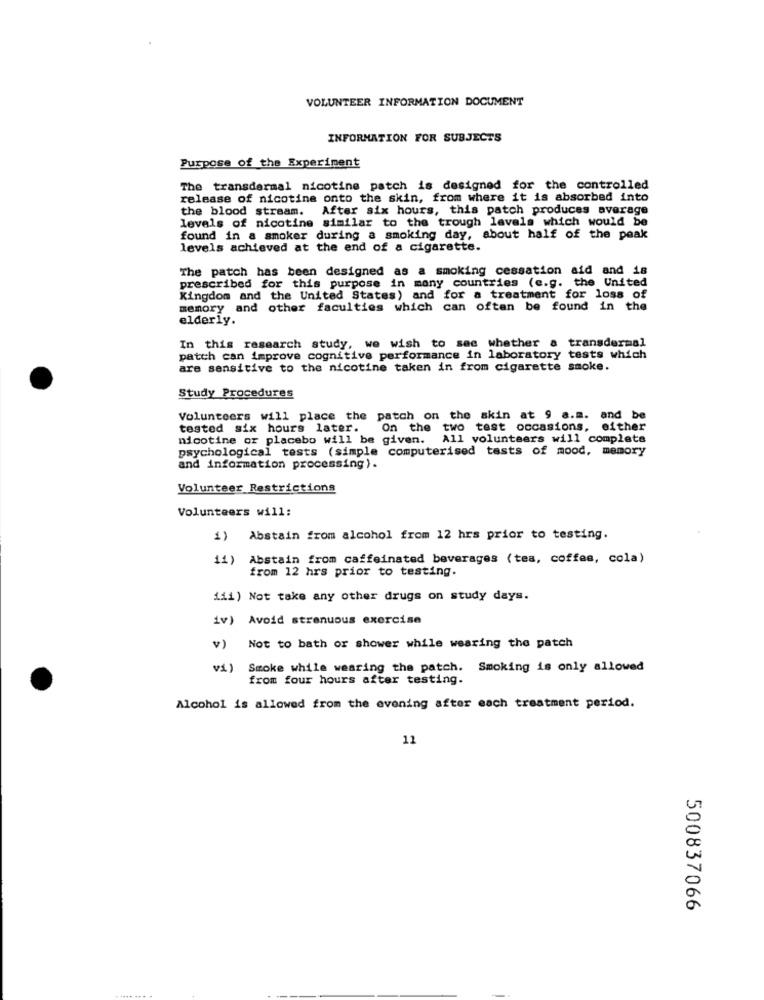
VOLUNTEER INFORMATION DOCUMENT
INFORMATION FOR SUBJECTS
Purpose of the Experiment
The transdermal nicotine patch is designed for the controlled
release of nicotine onto the skin, from where it is absorbed into
the blood stream. After six hours, this patch produces average
levels of nicotine similar to the trough levels which would be
found in a smoker during a smoking day, about half of the peak
levels achieved at the end of a cigarette.
The patch has been designed as a smoking cessation aid and 18
prescribed for this purpose in many countries (e.g. the United
Kingdom and the United States) and for a treatment for loss of
memory and other faculties which can often be found in the
elderly.
transdermal
In this research study, we wish to see whether &
patch can improve cognitive performance in laboratory tests which
are sensitive to the nicotine taken in from cigarette smoke.
Study Procedures
Volunteers will place the patch on the skin at 9 a.m. and be
tested six hours later. On the two test occasions, either
nicotine or placebo will be given. All volunteers will complete
psychological tests (simple computerised tests of mood, memory
and information processing).
Volunteer Restrictions
Volunteers will:
1) Abstain from alcohol from 12 hrs prior to testing.
11) Abstain from caffeinated beverages (tea, coffee, cola)
from 12 hrs prior to testing.
iii) Not take any other drugs on study days.
iv) Avoid strenuous exercise
v) Not to bath or shower while wearing the patch
v1)
Smoke while wearing the patch. Smoking is only allowed
from four hours after testing.
Alcohol is allowed from the evening after each treatment period.
11
500837066